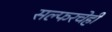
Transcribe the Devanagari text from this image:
सल्फरचेही